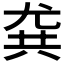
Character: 𡯯